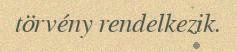
törvény rendelkezik.